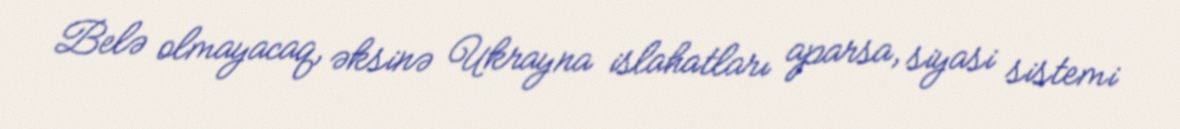
Belə olmayacaq, əksinə Ukrayna islahatları aparsa, siyasi sistemi